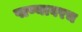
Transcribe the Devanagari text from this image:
पाण्यावरच